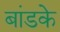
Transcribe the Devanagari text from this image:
बांडके